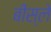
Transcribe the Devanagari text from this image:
बीस्ले